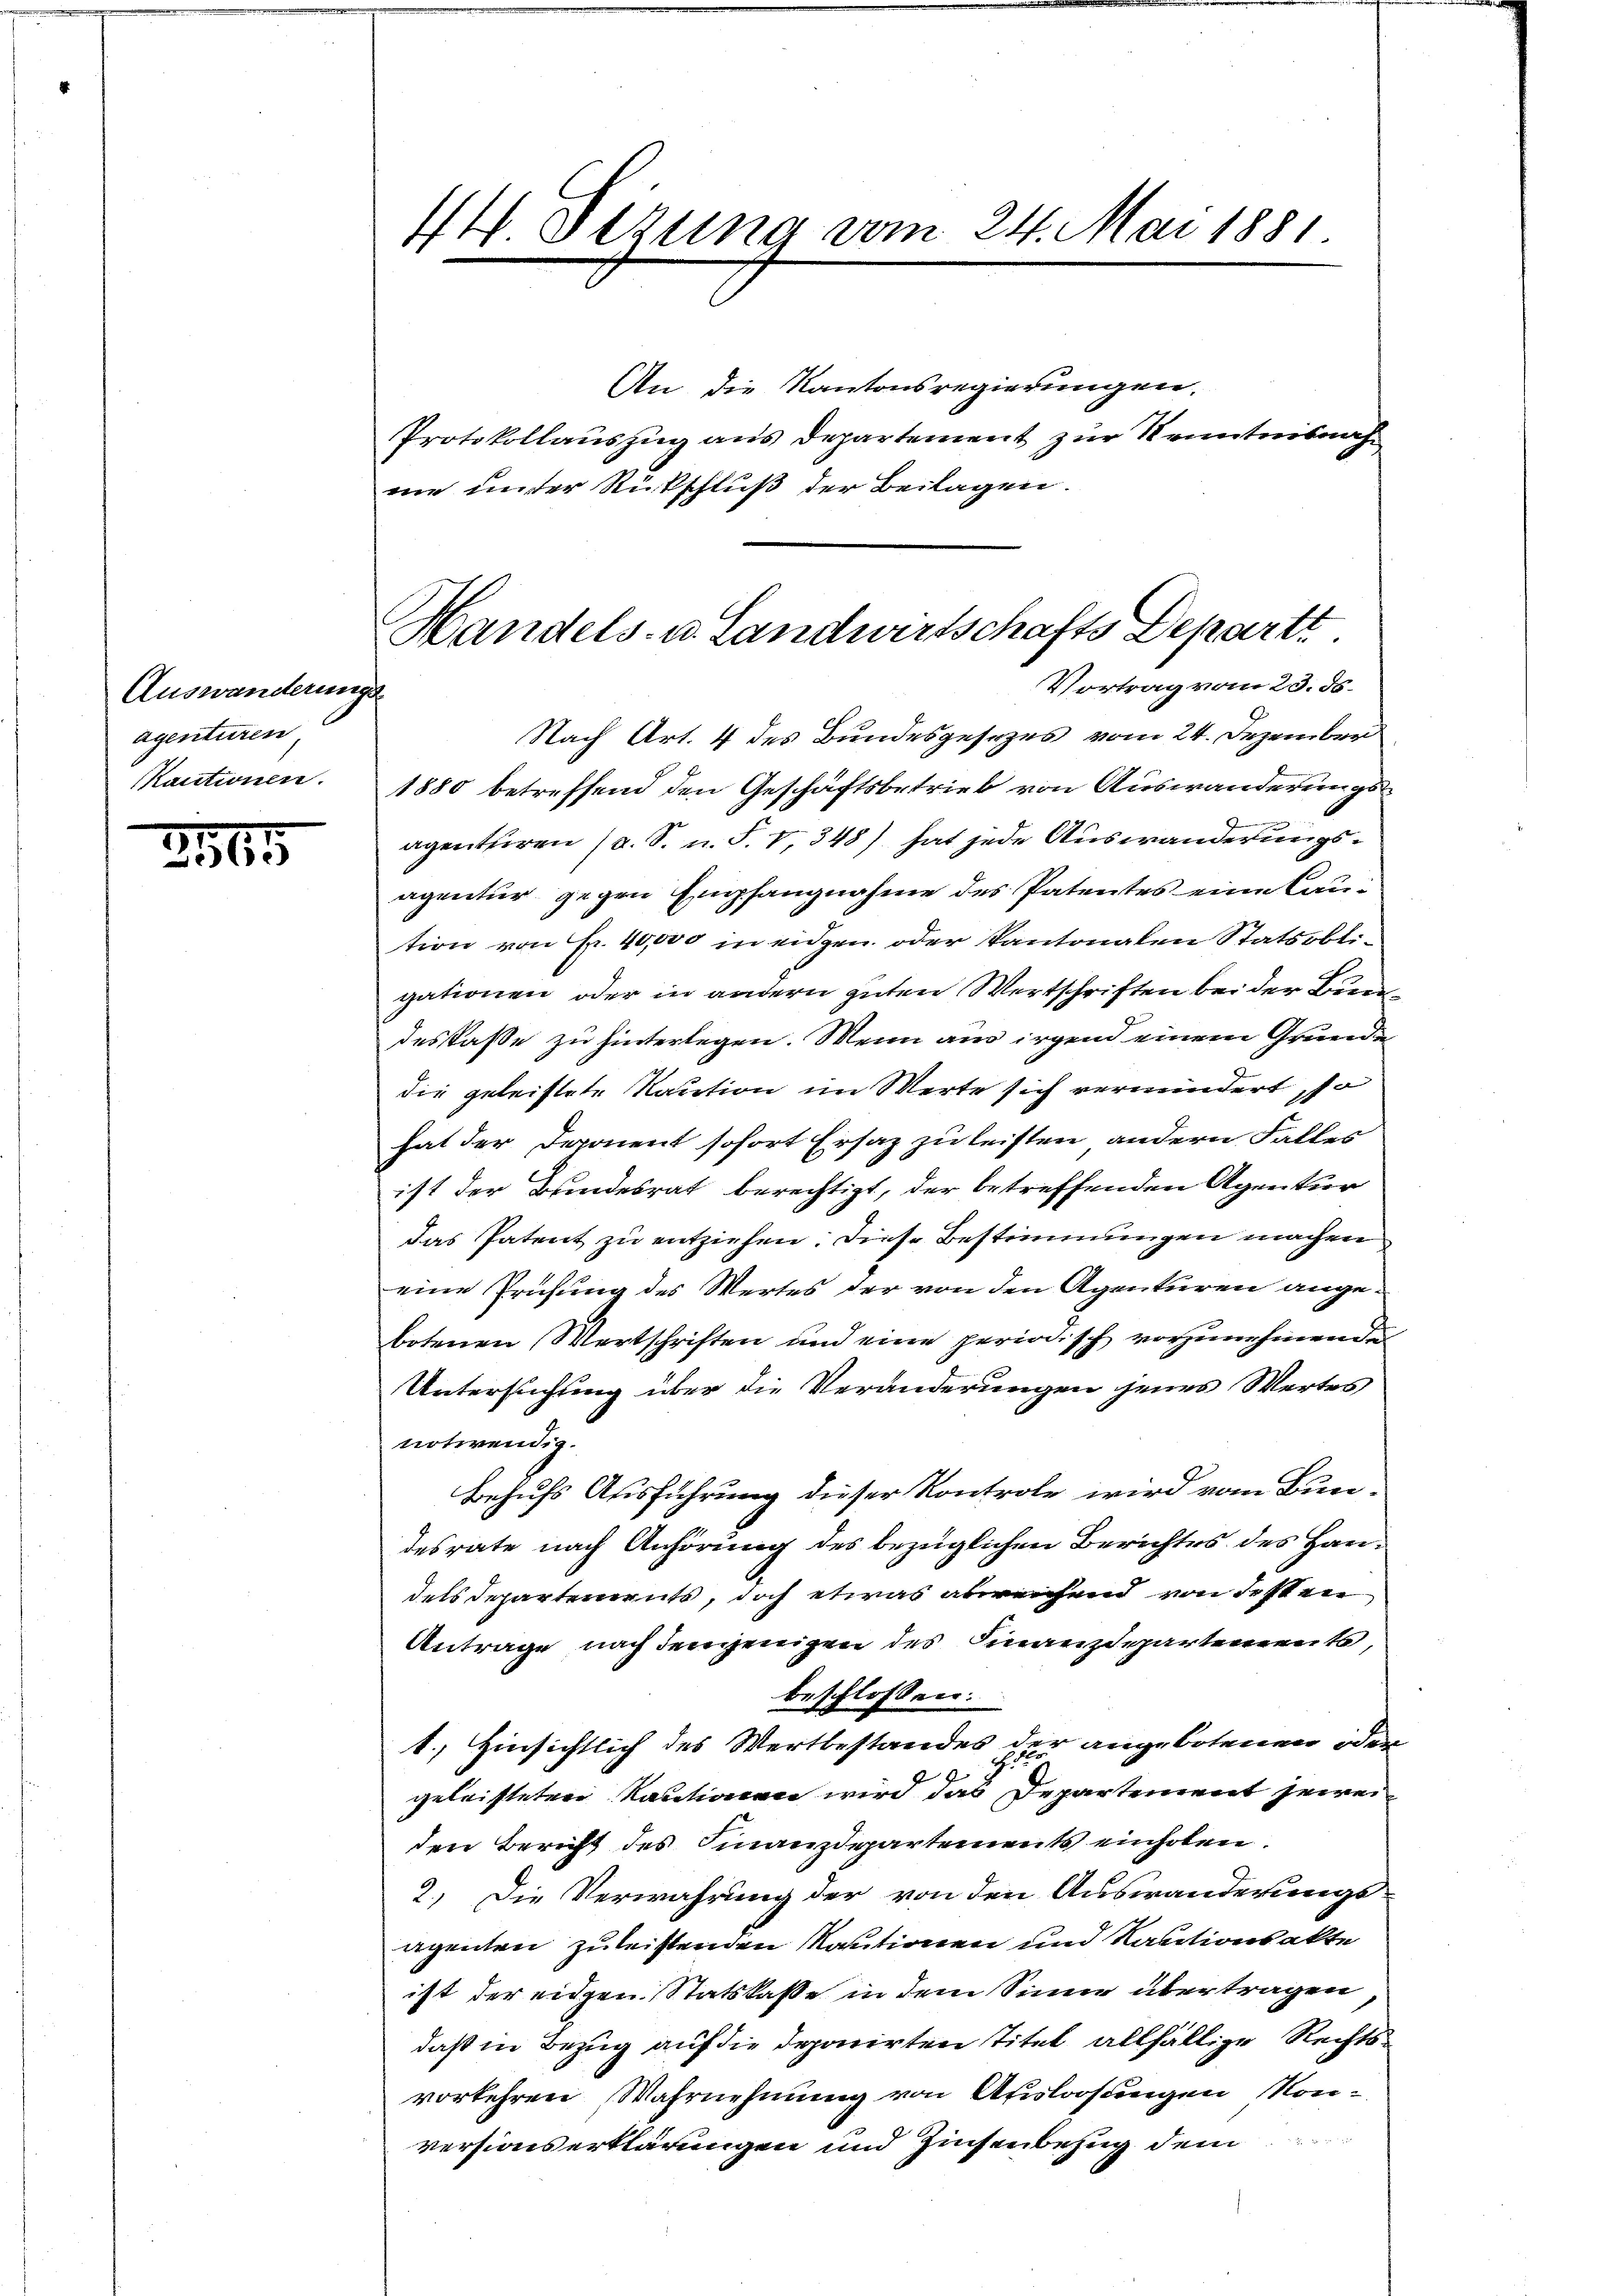
Auswanderungs
agenturen
KKautionen.

2365

14 sezung vom 24. Mai 1881

An die Kantonsregierungen.
Protokollauszug aus Departement zur Kenntnisnah
me unter Rückschluß der Beilagen.

Nach Art. 4 des Bundesgesezes vom 24. Dezember
1880 betreffend den Geschäftsbetrieb von Auswanderungs¬
7
agenturen (s. S. n. F. V, 348) hat jede Auswanderungsagentur gegen Empfangnahme des Patentes eine Caution von Fr. 40,000 in eidgen. oder Kantonalen Statsobligationen oder in andern guten Wertschriften bei der Bundeskasse zu hinterlegen. Wenn aus irgend einem Grunde
die geleistete Kaution im Werte sich vermindert, so
hat der Deponent sofort Ersaz zu leisten andern Falles
ist der Bindesrat berechtigt, der betreffenden Agentur
das Patent zu entziehen. Diese Bestimmungen machen
eine Prüfung des Wertes der von den Agenturen angebotenen Wertschriften und eine periodisch vorzunehmende
Untersuchung über die Veränderungen jenes Wertes
notwendig.
Behufs Ausführung dieser Kontrole wird vom Bundesrate nach Anhörung des bezüglichen Berichtes des Handels Departements, doch etwas abreichend von Festen
Antrage nach demjenigen des Finanzdepartement,
beschlossen:
1., Hinsichtlich des Wertbestandes der angebotenen oder
geleisteten Kautionen wird das Departement jeweiden Bericht des Finanzdepartements einholen.
2.) Die Verwahrung der von den Auswanderungs-
agenten zu leistenden Kautionen und Kautionsakte
ist der eidgen Statskasse in dem Sinne übertragen
daß in Bezug auf die deponirten Titel allfällige Rechtsvorkehren Wahrnehmung von Ausloosungen Konversionserklärungen und Zinsenbezug dem

Handels- u. Landwirtschafts Departi
Vortrag vom 23. ds.